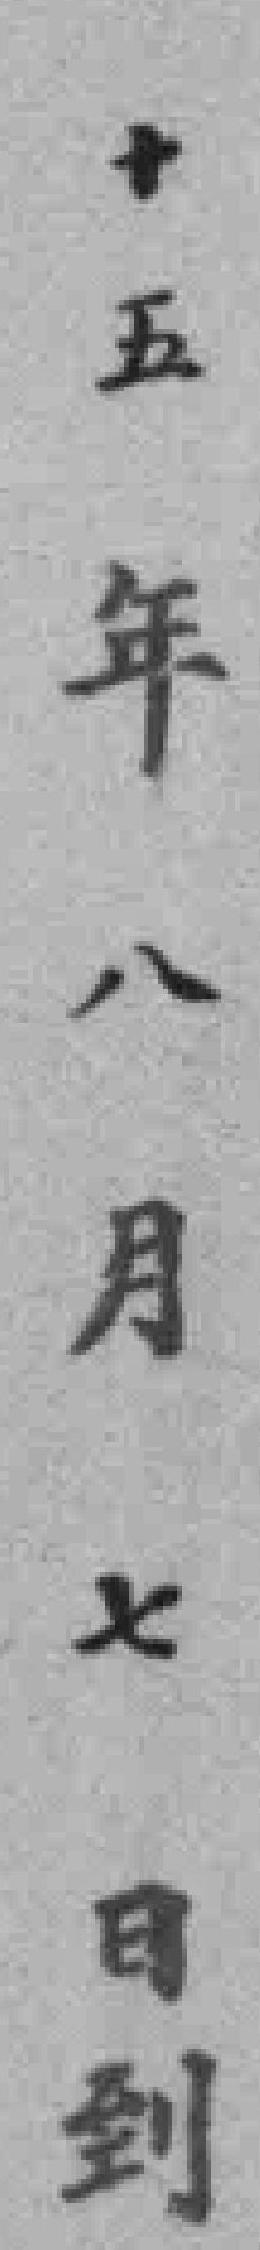
十五年八月七日到